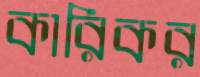
কারিকর